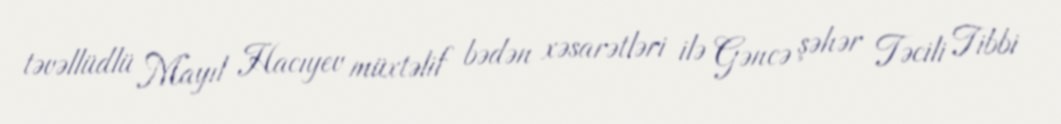
təvəllüdlü Mayıl Hacıyev müxtəlif bədən xəsarətləri ilə Gəncə şəhər Təcili Tibbi